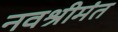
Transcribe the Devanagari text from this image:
नवश्रीमंत